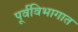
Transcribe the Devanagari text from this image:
पूर्वविभागात